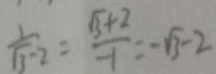
\frac { 1 } { \sqrt { 3 } - 2 } = \frac { \sqrt { 3 } + 2 } { - 1 } = - \sqrt { 3 } - 2